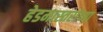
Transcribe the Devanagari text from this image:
हेडमास्तरांच्या